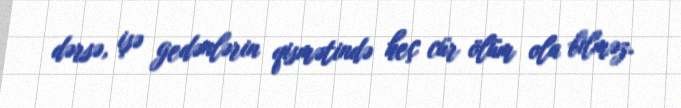
dərsə, işə gedənlərin qismətində heç cür ölüm ola bilməz.